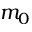
m _ { 0 }